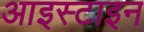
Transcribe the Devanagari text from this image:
आइस्टाइन